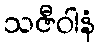
သဇီဝါနံ